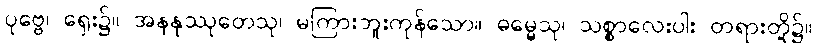
ပုဗ္ဗေ၊ ရှေး၌။ အနနုဿုတေသု၊ မကြားဘူးကုန်သော။ ဓမ္မေသု၊ သစ္စာလေးပါး တရားတို့၌။